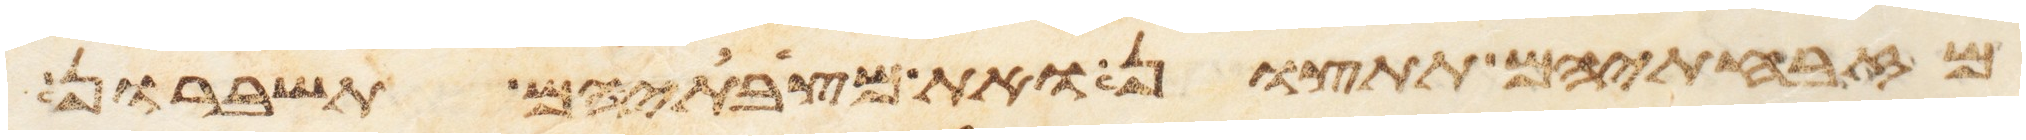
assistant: מזבחתיהם תתצון ומצבתיהם תשברון